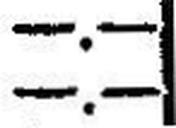
—.—